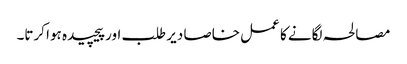
مصالحہ لگانے کا عمل خاصا دیر طلب اور پیچیدہ ہوا کرتا۔